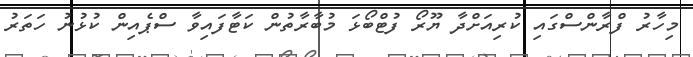
މިހާރު ފްރާންސްގައި ކުރިއަށްދާ ޔޫރޯ ފުޓްބޯޅަ މުބާރާތުން ކަޓާފައިވާ ސްޕެއިން ކުޅުނު ހަތަރު